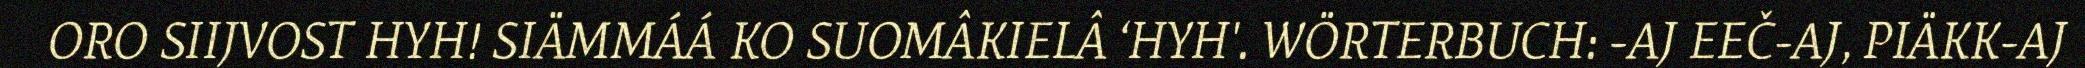
ORO SIIJVOST HYH! SIÄMMÁÁ KO SUOMÂKIELÂ ‘HYH'. WÖRTERBUCH: -AJ EEČ-AJ, PIÄKK-AJ